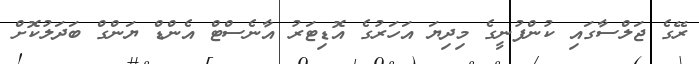
ރޭގެ ޖަލްސާގައި ކުންފުނީގެ މިދިޔަ އަހަރުގެ އޮޑިޓަރު އާނެސްޓް އެންޑް ޔަންގް ބަދަލުކޮށް